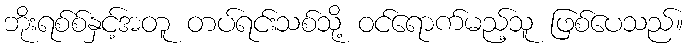
ဘိုးရစ်စ်နှင့်အတူ တပ်ရင်းသစ်သို့ ဝင်ရောက်မည့်သူ ဖြစ်ပေသည်။